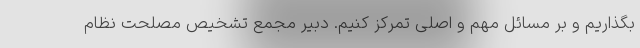
بگذاریم و بر مسائل مهم و اصلی تمرکز کنیم. دبیر مجمع تشخیص مصلحت نظام